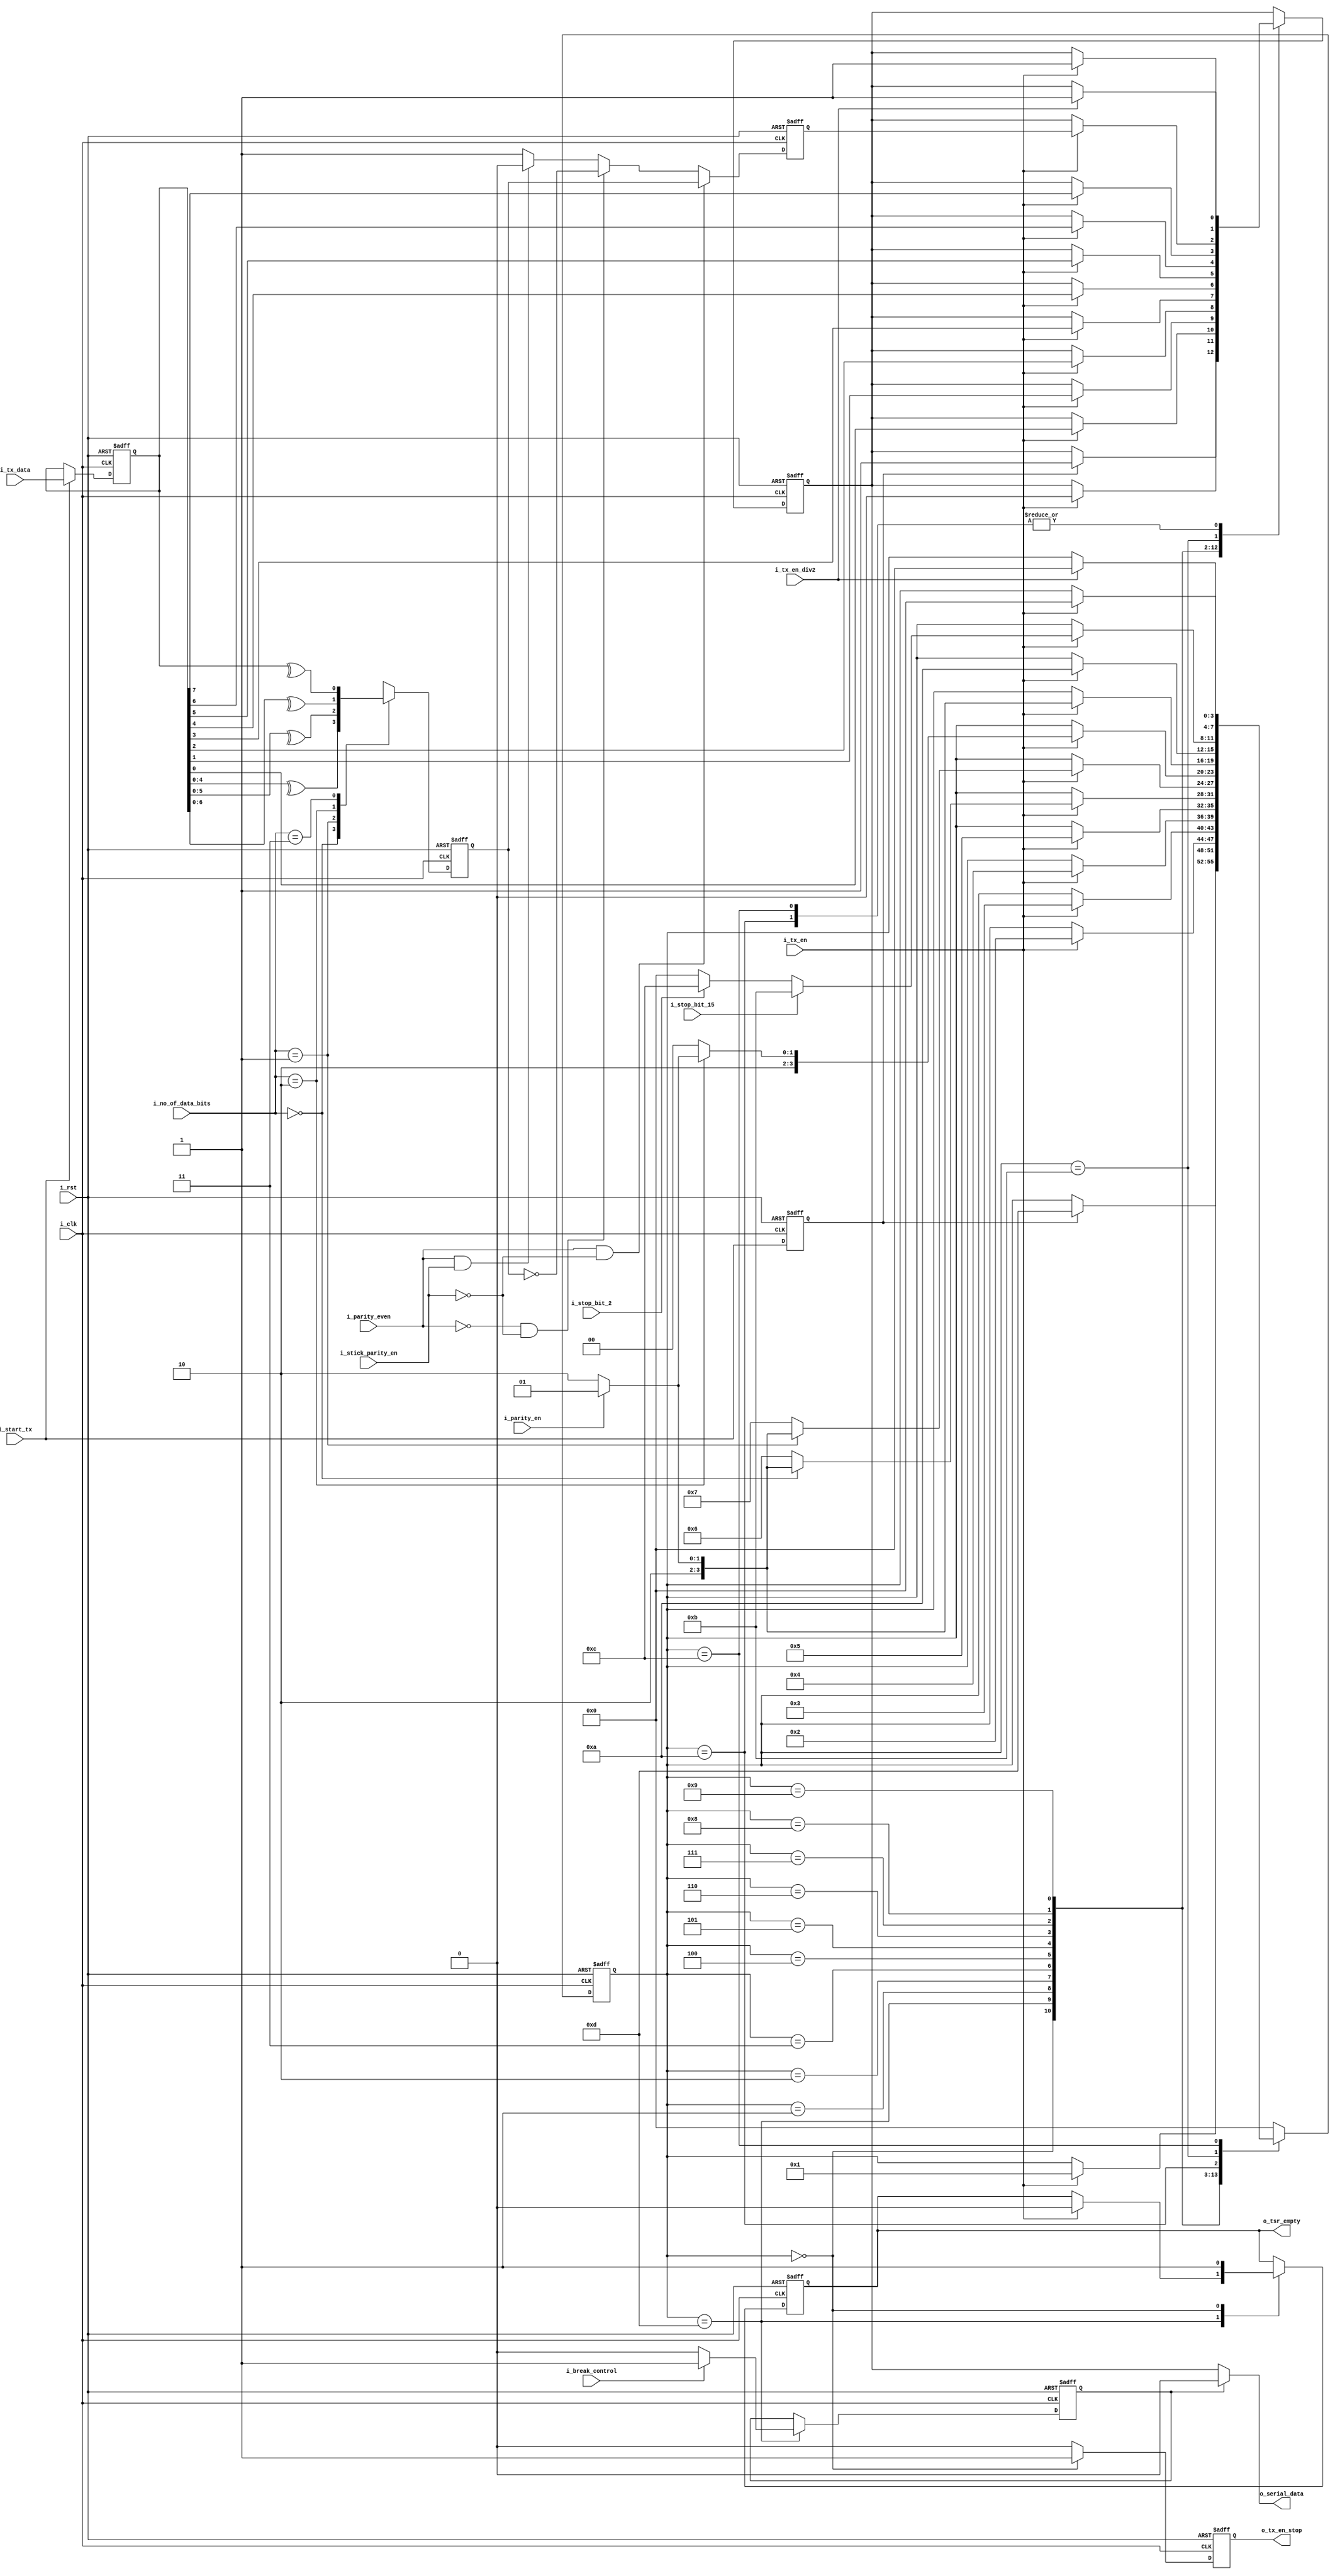
//-------------------------------------------------------------------------
//  >>>>>>>>>>>>>>>>>>>>>>>>> COPYRIGHT NOTICE <<<<<<<<<<<<<<<<<<<<<<<<<
//-------------------------------------------------------------------------
//  Copyright (c) 2012 by Lattice Semiconductor Corporation
//
//-------------------------------------------------------------------------
// Permission:
//
//   Lattice Semiconductor grants permission to use this code for use
//   in synthesis for any Lattice programmable logic product.  Other
//   use of this code, including the selling or duplication of any
//   portion is strictly prohibited.
//
// Disclaimer:
//
//   This VHDL or Verilog source code is intended as a design reference
//   which illustrates how these types of functions can be implemented.
//   It is the user's responsibility to verify their design for
//   consistency and functionality through the use of formal
//   verification methods.  Lattice Semiconductor provides no warranty
//   regarding the use or functionality of this code.
//-------------------------------------------------------------------------
//
//    Lattice Semiconductor Corporation
//    5555 NE Moore Court
//    Hillsboro, OR 97124
//    U.S.A
//
//    TEL: 1-800-Lattice (USA and Canada)
//    503-268-8001 (other locations)
//
//    web: http://www.latticesemi.com/
//
//-------------------------------------------------------------------------
//  Project  : LP3.5K_Pedometer_with_BLE_Interface
//-------------------------------------------------------------------------
//  Code Revision History :
//  Ver: | Author        | Mod. Date    |Changes Made:
//  V1.0 | MDN           | 01-FEB-2014  |
//-------------------------------------------------------------------------
// Description :
// a.Waits for the start operations signal from the UART Master Controller block
// b.Generates the start signal on the o_serial_data line
// c.Serializes the CPU data and sends it to the MODEM
// d.Adds a parity bit if required
// e.Adds the required number of stop bits
// f.Waits for another pulse on the i_start_tx before begining a fresh operation 
//-------------------------------------------------------------------------
//  Parameters :none                           
//-------------------------------------------------------------------------
//  Reuse Issues
//   Reset Strategy   : Asynchronous, active high system level reset
//   Clock Domains    : i_clk
//   Asynchronous I/F : i_rst
//   Instantiations   : none
//   Other            : N/A
//-------------------------------------------------------------------------
module uart_tx_fsm(
                   // System clock
                   // asynchronous active high reset 
                   input wire        i_clk,
                   input wire        i_rst,
                   //Tx data from CPU    
                   input wire [7:0]  i_tx_data,
                   //Tx FSM Control signal from Master Controller
                   input wire        i_start_tx,
                   input wire        i_break_control,
                   input wire        i_tx_en,
                   input wire        i_tx_en_div2,
                   output reg        o_tx_en_stop,
                   //Tx configurations from Master Controller                  
                   input wire        i_stop_bit_15,
                   input wire        i_stop_bit_2,
                   input wire        i_parity_even,
                   input wire        i_parity_en,               
                   input wire [1:0]  i_no_of_data_bits,  
                   input wire        i_stick_parity_en,
                   //Transmit shift register empty
                   output wire       o_tsr_empty,
                   //Serial data out to MODEM    
                   output wire       o_serial_data
                   );
    
    parameter [3:0]/*synopsys enum state_info*/ IDLE_STATE        = 4'b0000,
                   START_GEN_STATE   = 4'b1101,
                   Tx_1BIT_STATE     = 4'b0001,
                   Tx_2BIT_STATE     = 4'b0010,
                   Tx_3BIT_STATE     = 4'b0011,
                   Tx_4BIT_STATE     = 4'b0100,
                   Tx_5BIT_STATE     = 4'b0101,
                   Tx_6BIT_STATE     = 4'b0110,
                   Tx_7BIT_STATE     = 4'b0111,
                   Tx_8BIT_STATE     = 4'b1000,
                   ADD_PARITY_STATE  = 4'b1001,
                   STOP_GEN1_STATE   = 4'b1010,
                   STOP_GEN15_STATE  = 4'b1011,
                   STOP_GEN2_STATE   = 4'b1100;
    
    //Internal signals 
    reg [3:0]                        /*synopsys- enum state_info*/  state; /*synopsys enum state_vector state*/    
    reg                              start_tx;
    reg [7:0]                        tx_data;
    reg                              parity_bit;
    reg                              check_bit;  
    reg                              serial_data;
    reg                              break_control_en;
    reg                              tsr_empty;
        
    //synchronizer
    always @(posedge i_clk or posedge i_rst) begin
        if(i_rst) begin          
            start_tx        <= 1'b0;         
        end else begin          
            start_tx        <= i_start_tx;          
        end 
    end // always @ (posedge i_clk or posedge i_rst)

    always@(posedge i_clk or posedge i_rst) begin
         if(i_rst) begin
             tx_data <= 8'b0000_0000;
         end else begin
             if(i_start_tx) begin
                 tx_data <= i_tx_data;
             end
         end
    end
    
    assign o_tsr_empty = tsr_empty;

    always @(posedge i_clk or posedge i_rst) begin
        if(i_rst)  begin
            tsr_empty <= 1'b1;       
        end else begin
            case(state)
                START_GEN_STATE :
                    if(i_tx_en)
                        tsr_empty <= 1'b0;
                
                IDLE_STATE :
                    tsr_empty <= 1'b1;
                
                default :
                    tsr_empty <= tsr_empty;
             endcase
        end
    end // @ (posedge i_clk or posedge i_rst) 
         
    ////////////////////////////////////////////////////////////////
    // UART Tx FSM
    ////////////////////////////////////////////////////////////////
    
    always @(posedge i_clk or posedge i_rst) begin
        if(i_rst) begin
            state <= IDLE_STATE; 
            serial_data <= 1'b1;  
        end else begin
            case(state)
                //Wait for start_tx signal from UART Master Controller to begin 
                IDLE_STATE   : 
                    if(start_tx) begin
                        state <= START_GEN_STATE;
                        serial_data <= 1'b1;
                    end    
                
                START_GEN_STATE :
                    if(i_tx_en) begin
                        state <= Tx_1BIT_STATE;
                        serial_data <= 1'b0;
                    end    
                
                Tx_1BIT_STATE     : 
                    if(i_tx_en) begin
                        state <= Tx_2BIT_STATE;
                        serial_data <= tx_data[0];
                    end    
                
                
                Tx_2BIT_STATE     : 
                    if(i_tx_en) begin
                        state <= Tx_3BIT_STATE;
                        serial_data <= tx_data[1];
                    end 
                
                Tx_3BIT_STATE     :
                    if(i_tx_en) begin
                        state <= Tx_4BIT_STATE;
                        serial_data <= tx_data[2];
                    end
                
                Tx_4BIT_STATE     : 
                    if(i_tx_en) begin
                        state <= Tx_5BIT_STATE;
                        serial_data <= tx_data[3];
                    end
                
                //Check for no of bits in operation
                //If 5 bits, then check if parity is required else go to stop state                      
                Tx_5BIT_STATE     :
                    if(i_tx_en) begin
                        serial_data <= tx_data[4];                                      
                        if(i_no_of_data_bits == 2'b00) begin
                            if (i_parity_en) begin
                                state <= ADD_PARITY_STATE;
                            end else begin
                                state <= STOP_GEN1_STATE;
                            end 
                        end else begin
                            state <= Tx_6BIT_STATE;    
                        end
                    end // if (i_tx_en)
                
                //Check for no of bits in operation
                //If 6 bits, then check if parity is required else go to stop state 
                Tx_6BIT_STATE     :
                    if(i_tx_en) begin
                        serial_data <= tx_data[5];                                                                         
                        if(i_no_of_data_bits == 2'b01) begin
                            if (i_parity_en) begin
                                state <= ADD_PARITY_STATE;
                            end else begin
                                state <= STOP_GEN1_STATE;
                            end 
                        end else begin
                            state <= Tx_7BIT_STATE;
                        end
                    end // if (i_tx_en)
                
                //Check for no of bits in operation
                //If 7 bits, then check if parity is required else go to stop state                    
                Tx_7BIT_STATE     :                    
                    if(i_tx_en) begin
                        serial_data <= tx_data[6];                                                                         
                        if(i_no_of_data_bits == 2'b10) begin
                            if (i_parity_en) begin
                                state <= ADD_PARITY_STATE;
                            end else begin
                                state <= STOP_GEN1_STATE;
                            end 
                        end else begin
                            state <= Tx_8BIT_STATE;                                      
                        end
                    end
                
                //Check if parity is required else go to stop state
                Tx_8BIT_STATE     :
                    if(i_tx_en) begin
                        serial_data <= tx_data[7];
                        if (i_parity_en) begin
                            state <= ADD_PARITY_STATE;
                        end else begin
                            state <= STOP_GEN1_STATE;
                        end
                    end   
                
                ADD_PARITY_STATE  :
                    if(i_tx_en) begin
                        serial_data <= parity_bit;
                        state <= STOP_GEN1_STATE;
                    end     
                
                //Check for no of stop bits required and proceed  
                STOP_GEN1_STATE   :
                    begin
                        if(i_tx_en) begin
                            serial_data <= 1'b1;
                            if (i_stop_bit_15) begin
                                state <= STOP_GEN15_STATE;
                            end else if(i_stop_bit_2) begin
                                state <= STOP_GEN2_STATE;
                            end else begin
                                state <= IDLE_STATE;
                            end
                        end   
                    end // case: STOP_GEN1_STATE
                
                STOP_GEN15_STATE :
                    if(i_tx_en_div2) begin
                        serial_data <= 1'b1;
                        state <= IDLE_STATE;
                    end    
                
                STOP_GEN2_STATE   :
                    if(i_tx_en) begin
                        serial_data <= 1'b1;
                        state <= IDLE_STATE; 
                    end    
                
                default           : 
                    state <= IDLE_STATE; 
                
                
            endcase
        end
    end // always @ (posedge i_clk or posedge i_rst)

   //////////////////////////////////////////////////////////
   //Baud rate clock generation logic
   /////////////////////////////////////////////////////////
   
    always @(posedge i_clk or posedge i_rst) begin 
        if(i_rst) begin
            break_control_en <= 1'b0;
        end else begin
            if (state == START_GEN_STATE) begin
                if(i_break_control) 
                    break_control_en <= 1'b1;
                else
                    break_control_en <= 1'b0;
            end
        end // else: !if(i_rst)
    end // always @ (posedge i_clk or posedge i_rst)
        
    assign o_serial_data = (!break_control_en) ? serial_data : 1'b0;
    
    ////////////////////////////////////////////////////////// 
    //Tx enable logic
    //enable stopped when in Idle state and enabled once Tx_start is issued by master controller
    ////////////////////////////////////////////////////////// 
    always @(posedge i_clk or posedge i_rst) begin
        if(i_rst) begin
            o_tx_en_stop  <= 1'b0;
        end else begin
            case (state) 
                IDLE_STATE : begin
                    o_tx_en_stop <= 1'b1;
                end
                default : begin
                    o_tx_en_stop <= 1'b0;
                end
            endcase // case (state)
        end
    end // always @ (posedge i_clk or posedge i_rst)  

    /////////////////////////////////////////////////////////////////////////////
    // Parity bit determinatin 
    /////////////////////////////////////////////////////////////////////////////

    always @(posedge i_clk or posedge i_rst)
        begin
            if(i_rst) 
                check_bit <= 1'b0;
            else 
                begin
                    case(i_no_of_data_bits)
                        //5 bit tx data..
                        2'b00 :
                            check_bit <= ^(tx_data[4:0]);
                        //6 bit tx data..
                        2'b01 :
                            check_bit <= ^(tx_data[5:0]);
                        //7 bit tx data..
                        2'b10 :
                            check_bit <= ^(tx_data[6:0]);
                        //8 bit tx data..
                        2'b11 :
                            check_bit <= ^(tx_data);           
                    endcase
                end
        end // always @ (posedge i_clk or posedge i_rst)

    always @(posedge i_clk or posedge i_rst)
        begin
            if(i_rst) begin 
                parity_bit <= 1'b0;
            end else begin
                if(i_parity_even & !i_stick_parity_en) 
                    parity_bit <= check_bit;
                else if(!i_parity_even & !i_stick_parity_en)
                    parity_bit <= !check_bit;
                else if(i_parity_even & i_stick_parity_en)
                    parity_bit <= 1'b0;
                else 
                    parity_bit <= 1'b1;
            end
        end // always @ (posedge i_clk or posedge start_tx)
    
    
    /*AUTOASCIIENUM("state" "state_ASCII")*/
    // Beginning of automatic ASCII enum decoding
    reg [127:0]          state_ASCII;            // Decode of state
    always @(state) begin
        case ({state})
            IDLE_STATE:       state_ASCII = "idle_state      ";
            START_GEN_STATE:  state_ASCII = "start_gen_state ";
            Tx_1BIT_STATE:    state_ASCII = "tx_1bit_state   ";
            Tx_2BIT_STATE:    state_ASCII = "tx_2bit_state   ";
            Tx_3BIT_STATE:    state_ASCII = "tx_3bit_state   ";
            Tx_4BIT_STATE:    state_ASCII = "tx_4bit_state   ";
            Tx_5BIT_STATE:    state_ASCII = "tx_5bit_state   ";
            Tx_6BIT_STATE:    state_ASCII = "tx_6bit_state   ";
            Tx_7BIT_STATE:    state_ASCII = "tx_7bit_state   ";
            Tx_8BIT_STATE:    state_ASCII = "tx_8bit_state   ";
            ADD_PARITY_STATE: state_ASCII = "add_parity_state";
            STOP_GEN1_STATE:  state_ASCII = "stop_gen1_state ";
            STOP_GEN15_STATE: state_ASCII = "stop_gen15_state";
            STOP_GEN2_STATE:  state_ASCII = "stop_gen2_state ";
            default:          state_ASCII = "%Error          ";
        endcase
    end
    // End of automatics

endmodule // uart_tx_fsm